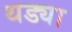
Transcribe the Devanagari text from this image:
थड्या